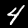
Digit: 4